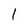
Character: l